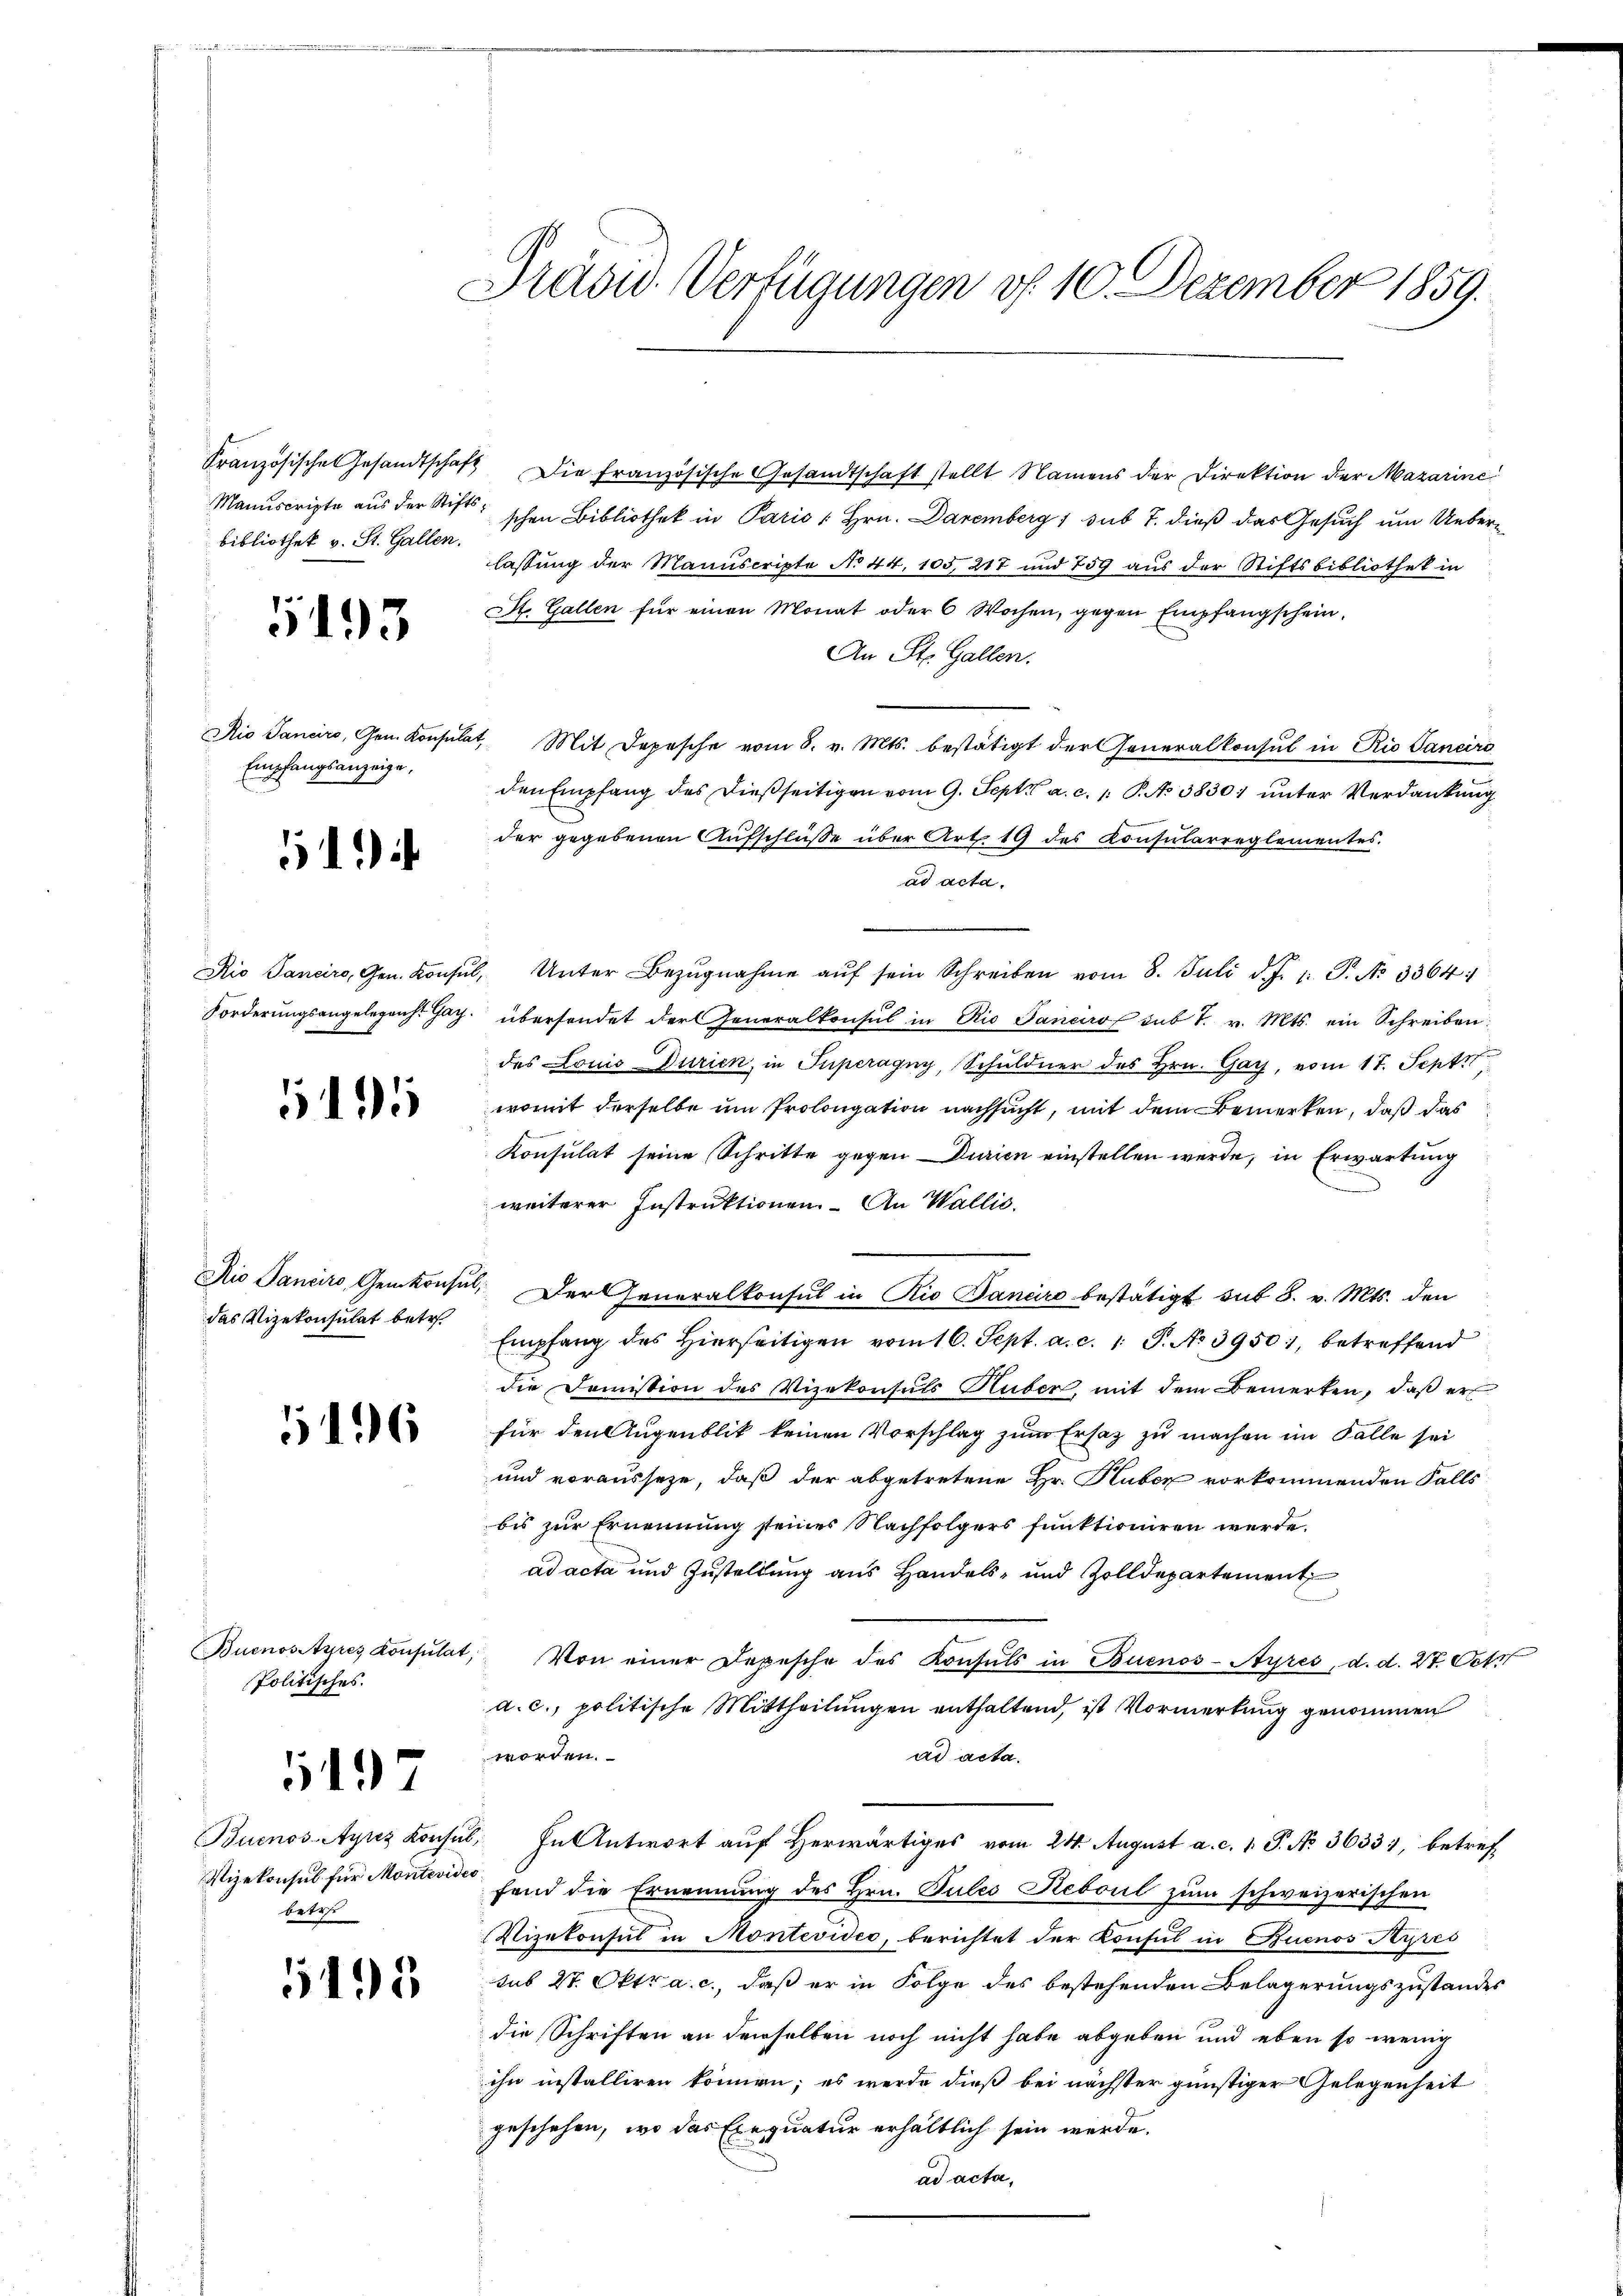
Bibliothek v. St. Gallen.

5193

Aio Sancirs, Gen. Konsulat,
Empfangsanzeige,

6) i

15

das Vizekonsulat betr

6

Buenos Ayres Konsulat,
Politisches.

197

Vizekonsul für Montevideo
beter

5495

Präsid. Verfügungen d. 10. Dezember 1859.

Französische Gesandtschaft Die französische Gesandtschaft stellt Namens der Direktion der Mazarine
Manuscripte aus der Stifts schen Bibliothek in Paris 1 Hrn. Daremberg 1 sub 7. dieß das Gesuch um Ueberlassung der Manuscripte No 44, 105, 217 und 759 aus der Stiftsbibliothek in
St. Gallen für einen Monat oder 6 Wochen, gegen Empfangschein¬
An St. Gallen.
Mit Depesche vom 8. v. Mts. bestätigt der Generalkonsul in Rio Saneiro
den Empfang des dießseitigen vom 9. Sept. a. c. 1. P. No 38301 unter Verdankung
der gegebenen Aufschlüße über Art. 19 des Konsularreglementes.
ad acta.
Rio Sanciro, Gen. Konsŭl, Unter Bezŭgnahme aŭf sein Schreiben vom 8. Juli d. J. J. P. No 3364:
Forderungsangelegens. Jac. übersendet der Generalkonsul in Rio Janeiro sub 7. v. Mts. ein Schreiben.
des Louis Durien, in Superagny, Schuldner des Hrn. Gay, vom 17. Septtt
womit derselbe um Prolongation nachsucht, mit dem Bemerken, daß das
Konsulat seine Schritte gegen Durien einstellen werde, in Erwartung
weiterer Instruktionen- An Wallis.
Rio Janeiro Genkonsul, Der Generalkonsul in Rio Baneiro bestätigt sub 8. v. Mts. den
Empfang des hierseitigen vom 16. Sept. a. c. 1. P. No. 3950, betreffend
die Domission des Vizekonsuls Huber, mit dem Bemerken, daß er
für den Augenblik keinen Vorschlag zum Ersatz zu machen im Falle sei
und vorausseze, daß der abgetretene Hr. Huber vorkommenden Falls
bis zur Ernennung seines Nachfolgers funktioniren werde.
ad acta und Zustellung aus Handels- und Zolldepartement
Von einer Depesche des Konsuls in Buenos-Ayres, d. d. 27. Octo
a. c., politische Mittheilungen enthaltend, ist Vormerkung genommen
worden.
ad acta.
Buenos-Ayres Konsul, In Antwort aŭf herwärtiges vom 24. August a. c. 1. P. No 36333, betref
fend die Ernennung des Hrn. Pules Reboul zum schweizerischen
Vizekonsul in Montevides, berichtet der Konsul in Buenos Ayres
sub 27. Oktr a. c., daß er in Folge des bestehenden Belagerungszustandes
die Schriften an demselben noch nicht habe abgeben und eben so wenig
ihn installiren können; es werde dieß bei nächster günstiger Gelegenheit
geschehen, wo das Exequatur erhältlich sein werde.
ad acta,